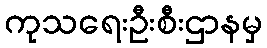
ကုသရေးဦးစီးဌာနမှ